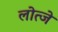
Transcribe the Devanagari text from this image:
लोत्जे